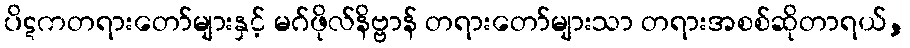
ပိဋကတရားတော်များနှင့် မဂ်ဖိုလ်နိဗ္ဗာန် တရားတော်များသာ တရားအစစ်ဆိုတာရယ်,